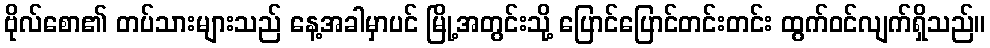
ဗိုလ်စော၏ တပ်သားများသည် နေ့အခါမှာပင် မြို့အတွင်းသို့ ပြောင်ပြောင်တင်းတင်း ထွက်ဝင်လျက်ရှိသည်။